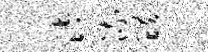
汰流醴